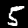
Label: 5